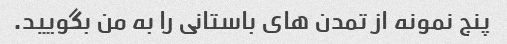
پنج نمونه از تمدن های باستانی را به من بگویید.